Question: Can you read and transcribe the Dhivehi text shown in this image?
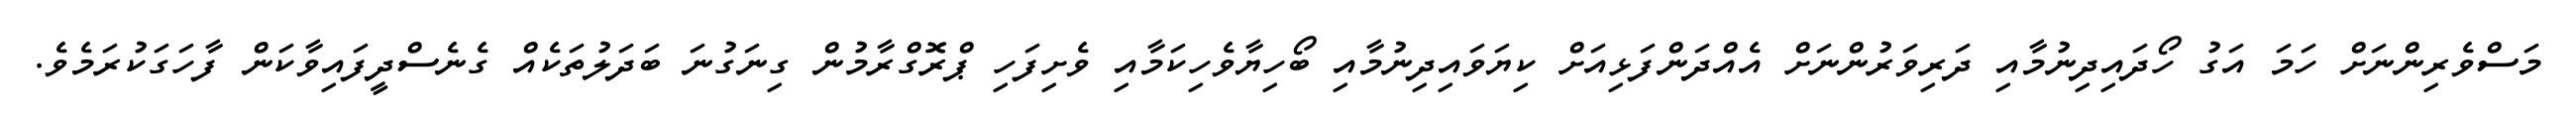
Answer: މަސްވެރިންނަށް ހަމަ އަގު ހޯދައިދިނުމާއި ދަރިވަރުންނަށް އެއްދަންފަޅިއަށް ކިޔަވައިދިނުމާއި ބޯހިޔާވެހިކަމާއި ވެށިފަހި ޕްރޮގްރާމުން ގިނަގުނަ ބަދަލުތަކެއް ގެނެސްދީފައިވާކަން ފާހަގަކުރަމެވެ.